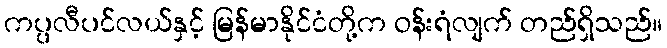
ကပ္ပလီပင်လယ်နှင့် မြန်မာနိုင်ငံတို့က ဝန်းရံလျက် တည်ရှိသည်။